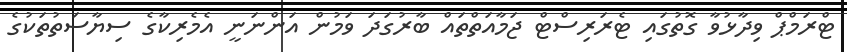
ޓްރަމްޕް ވިދާޅުވާ ގޮތުގައި ޓެރަރިސްޓް ޖަމާއަތްތައް ބާރުގަދަ ވަމުން އަންނަނީ އެމެރިކާގެ ސިޔާސަތުތަކުގެ